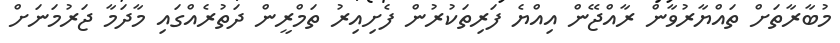
މުބާރާތަށް ތައްޔާރުވާން ރާއްޖޭން އިއްޔެ ފަރިތަކުރުން ފެށިއިރު ތަމްރީން ދަތުރެއްގައި މާދަމާ ޖަރުމަނަށް